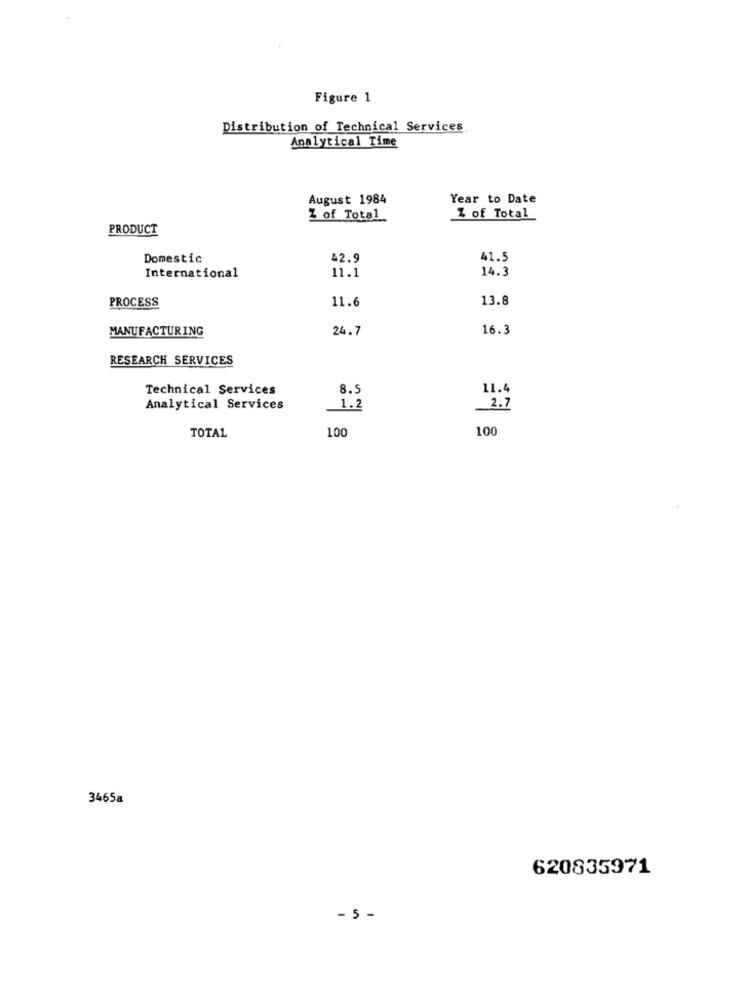
Figure 1
Distribution of Technical Services
Analytical Time
August 1984
Year to Date
Z of Total
Z of Total
PRODUCT
Domestic
42.9
41.5
14.3
International
11.1
PROCESS
11.6
13.8
MANUFACTURING
24.7
16.3
RESEARCH SERVICES
Technical Services
8.5
11.4
Analytical Services
1.2
2.7
TOTAL
100
100
3465a
620835971
- 5 -